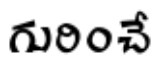
గురించే